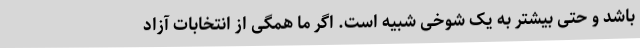
باشد و حتی بیشتر به یک شوخی شبیه است. اگر ما همگی از انتخابات آزاد